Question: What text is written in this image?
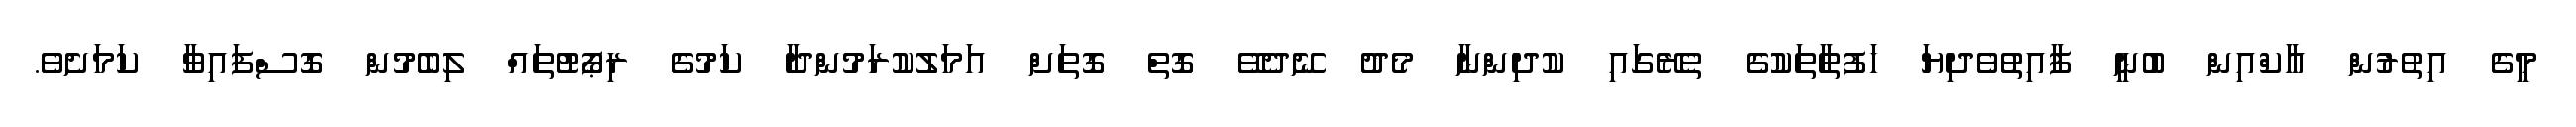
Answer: މީގެ އިތުރުން އާކްއިން ބުނީ ފާއިތުވެދިޔަ ހަފުތާތަކުގެ ތެރޭގައި ކުދިންނާ މެދު ނޭދެވޭ ގޮތް ގޮތަށް އަމަލުކުރަމުންދާ ކަމުގެ ރިޕޯޓުތައް ލިބެމުން ގޮސްފައިވާ ކަމަށެވެ.